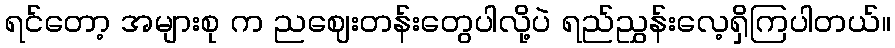
ရင်တော့ အများစု က ညဈေးတန်းတွေပါလို့ပဲ ရည်ညွှန်းလေ့ရှိကြပါတယ်။